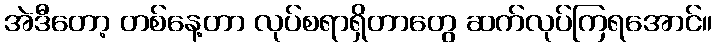
အဲဒီတော့ တစ်နေ့တာ လုပ်စရာရှိတာတွေ ဆက်လုပ်ကြရအောင်။